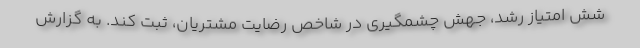
شش امتیاز رشد، جهش چشمگیری در شاخص رضایت مشتریان، ثبت کند. به گزارش